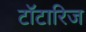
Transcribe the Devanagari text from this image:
टॉटारिज